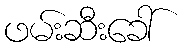
ဖမ်းဆီးခေါ်